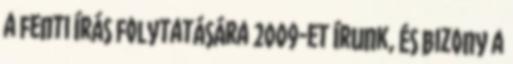
a fenti írás folytatására 2009-et írunk, és bizony a